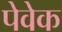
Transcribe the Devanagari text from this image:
पेवेक